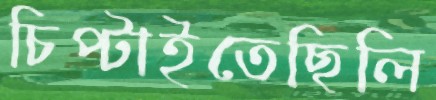
চিপ্‌টাইতেছিলি